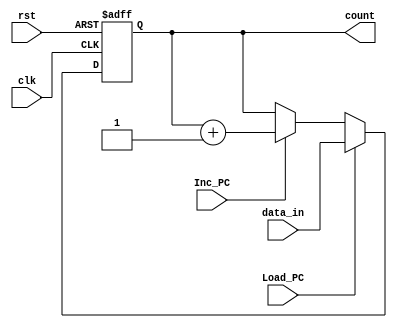
// This program was cloned from: https://github.com/the-pinbo/RISC-SPM
// License: MIT License

/*Program_Counter
*/

module Program_Counter #(
    parameter word_size = 8
) (
    // count := PC_count
    output reg [word_size-1: 0] count,
    // data_in := Bus_2
    input [word_size-1: 0] data_in,
    input Load_PC,
    input Inc_PC,
    input clk, rst
);
    always @ (posedge clk or negedge rst)
        if(rst == 0) 
            count <= 0; 
        else if(Load_PC) 
            count <= data_in; 
        else if(Inc_PC) 
            count <= count +1;
endmodule